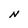
Character: N